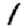
Digit: 1